Report on the working of the Ranchi Indian Mental Hospital, Kanke, in Bihar and Orissa - 1930-1940
Year: 1930
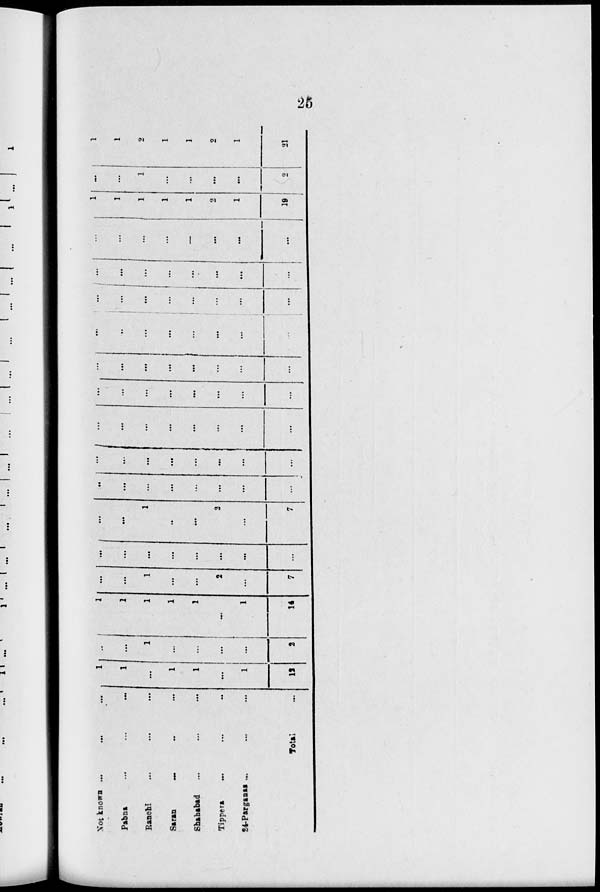
25
Not known
...
...
...
Pabna
...
...
...
Ranchi
... ... ...
Saran
...
...
...
Shahabad ... ... ...
Tippera ... ... ...
24-Parganas ... ... ...
Total ...
1
1
...
1
1
...
1
12
...
...
1
...
...
...
...
2
1
1
1
1
1
...
1
14
...
...
1
...
...
2
...
7
...
...
...
...
...
...
...
...
...
...
1
..
...
2
...
7
...
...
...
...
...
...
...
...
...
...
...
...
...
...
...
...
...
...
...
...
...
...
...
...
...
...
...
...
...
...
...
...
...
...
...
...
...
...
...
...
...
...
...
...
...
...
...
...
...
...
...
...
...
...
...
...
...
...
...
...
...
...
...
...
...
...
...
...
...
...
1
1
1
1
1
2
1
19
...
...
1
...
...
...
...
2
1
1
2
1
1
2
1
21